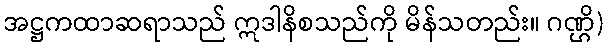
အဋ္ဌကထာဆရာသည် ဣဒါနိစသည်ကို မိန်သတည်း။ ဂဏ္ဌိ)